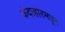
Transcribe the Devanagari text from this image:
कंदाहारमधून